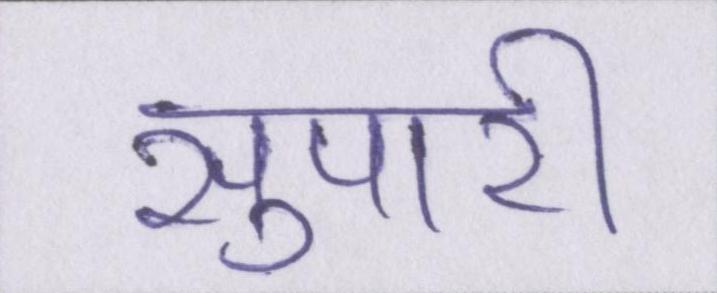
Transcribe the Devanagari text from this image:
सुपारी